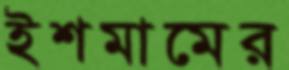
ইশমামের